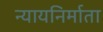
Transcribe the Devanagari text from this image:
न्यायनिर्माता